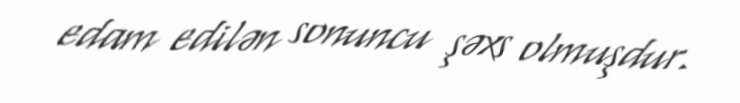
edam edilən sonuncu şəxs olmuşdur.